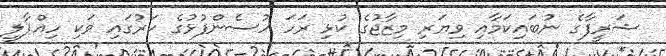
ޝަރީފާގެ ނުބައިކަމާއި ވިޔަރި މިޒާޖުގެ ކުޅި ރަހަ ހުސެންފުޅުގެ ކަރުގައި ވަކި ހިއްޕާލީ